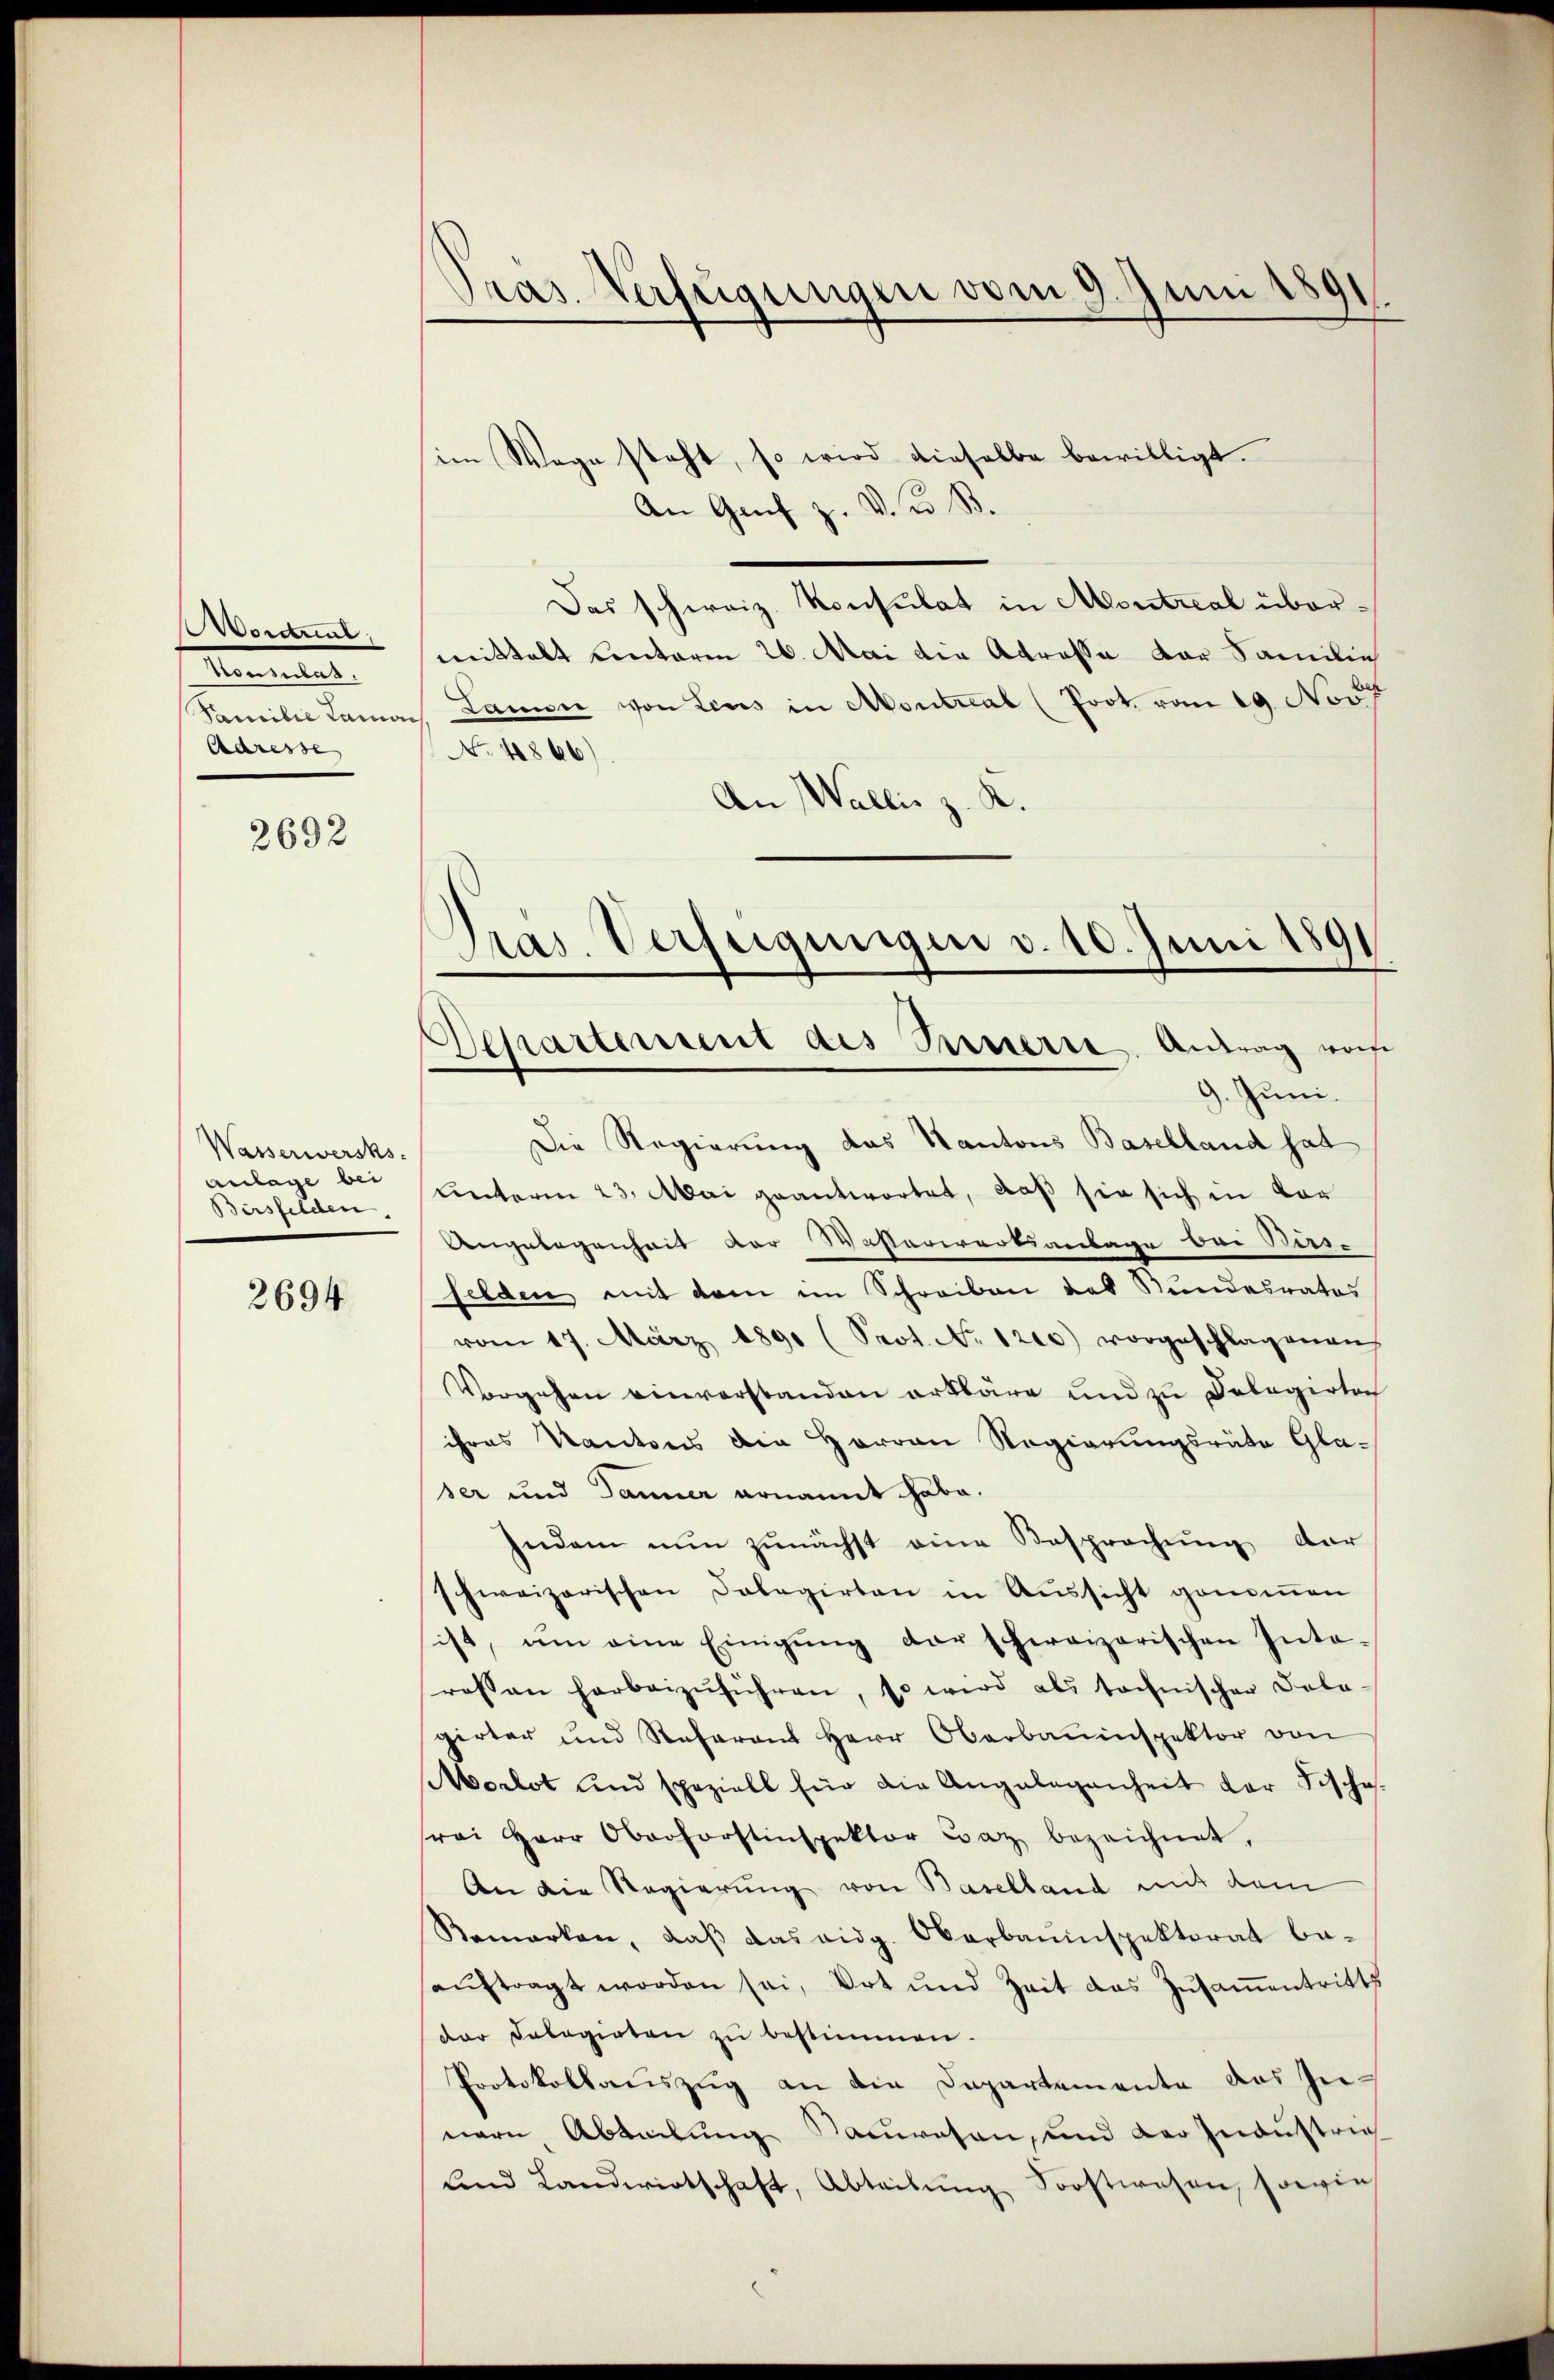
Morden,
Man weitet
Samilie Lander
Adresse |

3692

Wasserwerks
anlage bei
Bersfelden.

2694

Pras Verfügungen vom 9. Juni 1891

sim Wege steht, so wird dieselbe bewilligt.
An Genf z. d. d. B.
Das schweiz. Konsulat in Montreal übermittelt unterm 26. Mai die Atrasse der Familie
Lamon von Leus in Montral (Prot. vom 19. Nov
No. 4866)
An Wallis z. K.

Pras. Verfügungen d. 10. Juni 1891
Separtement des Sauerre. Antrag wese
9. Juni.

Die Regierung das Kantons Baselland hat
unterm 23. Mai geantwortet, daß sie sich in Vor
Angelegenheit der Wasterwartsantage bei Bers-
felden mit dem im Schreiben das Bundesrates
vom 17. März 1890 (Seot. No. 1200) vorgeschlagenen
Vorgehen einverstanden erkläre und zu Delegirten
ihres Kantons die Herren Regierungsräte Glaser und Tanner ernannt habe.
Indem nŭn zŭnächst eine Besprochŭng dar
schweizerischen Dolegirten in Aussicht genommen
ist, um eine Einigŭng der schweizerischen Inte-
rossen herbeizŭführen, so wird als technischen Fola-
girter und Referant Herr Oberbauinspektor von
Morlot und speziell für die Angelegenheit der Fischorei Herr Oberforstinspektor waz bezeichnet,
An die Regierung von Baselland mit dem
Bemarken, daβ das eidg. Oberbauinspektorat be-
auftragt worden sei, Ort und Zeit das Zusamentritts
der Polagirten zŭ bestimmen.
Protokollauszug an die Departemente das Innern, Abteilung anwesen, und der Industrie
und Landwirtschaft, Abteilŭng Forstwesen, sowie